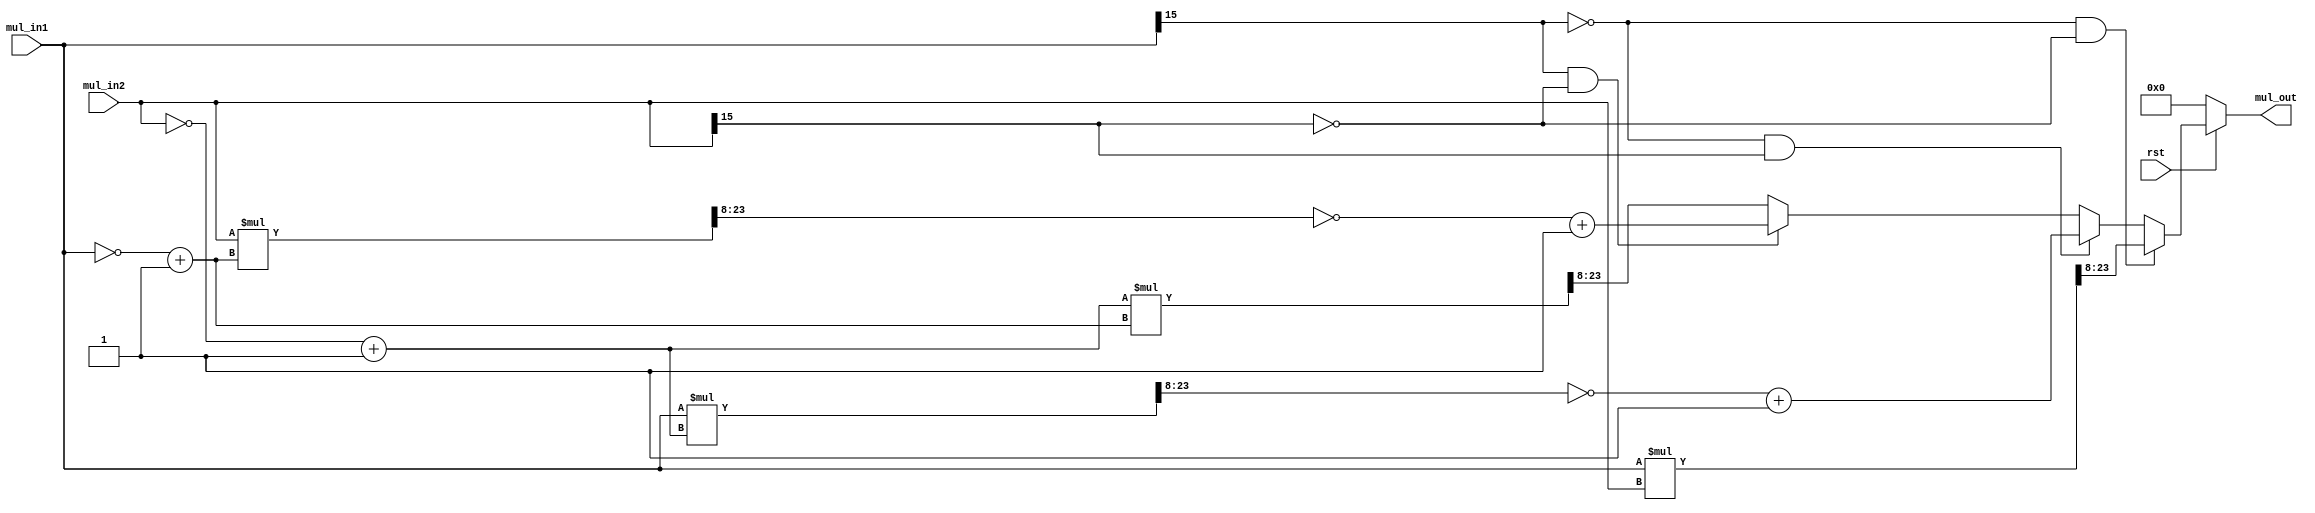
/* Module Name : Multiplier */
/* Inputs: clk , rst , mul_in1 , mul_in2 */
/* Outputs: mul_out */
/* Fucntioncality : mul_out = mul_in1*mul_in2 */

module multiplier #
(
    parameter TRANC = 8,
    parameter BITS = 16,
    parameter INT_BITS = BITS - TRANC - 1
)
(
    input                   rst,
    input       [BITS-1:0]  mul_in1,
    input       [BITS-1:0]  mul_in2,
    output reg  [BITS-1:0]  mul_out
    //output reg overflow_flag
);

    reg [2*BITS-1:0]  product32;
    reg [BITS-1:0]    temp_mul1;
    reg [BITS-1:0]    temp_mul2;
    reg [BITS-1:0]    temp_mul3;

    //parameter INT_BITS = BITS - TRANC - 1;

    

    always @ (*) begin
    if(!rst) begin
        // Reset all variables
        mul_out    = 0;
        product32  = 0;
        temp_mul1  = 0;
        temp_mul2  = 0;
        temp_mul3  = 0;
        //overflow_flag = 0;
    end
    else begin
        if(mul_in1[BITS-1] == 0 && mul_in2[BITS-1] == 0) begin
            // Case of positive numbers
            temp_mul1  = 0;
            temp_mul2  = 0;
            temp_mul3  = 0;
            product32  = mul_in1 * mul_in2;
            mul_out    = product32[BITS - 1 + TRANC:TRANC];
        end
        else if(mul_in1[BITS-1] == 0 && mul_in2[BITS-1] == 1) begin
            // Case of positive multiplied by negative
            temp_mul1  = 0;
            temp_mul2  = ~mul_in2 + 1'b1;
            product32  = mul_in1 * temp_mul2;
            temp_mul3  = product32[BITS - 1 + TRANC:TRANC];
            mul_out    = ~temp_mul3 + 1'b1;
        end
        else if(mul_in1[BITS-1] == 1 && mul_in2[BITS-1] == 0) begin
            // Case of negative multiplied by positive
            temp_mul2  = 0;
            temp_mul1  = ~mul_in1 + 1'b1;
            product32  = mul_in2 * temp_mul1;
            temp_mul3  = product32[BITS - 1 + TRANC:TRANC];
            mul_out    = ~temp_mul3 + 1'b1;
        end
        else begin
            // Case of negative multiplied by negative
            temp_mul1  = ~mul_in1 + 1'b1;
            temp_mul2  = ~mul_in2 + 1'b1;
            temp_mul3  = 0;
            product32  = temp_mul2 * temp_mul1;
            mul_out    = product32[BITS - 1 + TRANC:TRANC];
        end
    end
    end
/*
always @(*) begin

    // Check for overflow
if (mul_out[BITS - 1] == 0) begin
    // Positive numbers
    if (product32 > {1'b0, {INT_BITS{1'b1}}, {TRANC{1'b1}}}) begin
        overflow_flag = 1'b1;
    end
    else begin
        overflow_flag = 1'b0;
      
    end
end
else begin
    // Negative numbers
    if (mul_out < {1'b1, {INT_BITS{1'b0}}, {TRANC{1'b0}}}) begin
        overflow_flag = 1'b1;
    end
        else begin
        overflow_flag = 1'b0;
      
    end

end

    
end
*/

endmodule